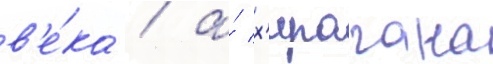
в'е́ка / а́ х'ирагана